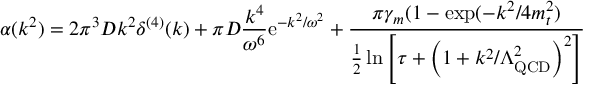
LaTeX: \alpha ( k ^ { 2 } ) = 2 \pi ^ { 3 } D k ^ { 2 } \delta ^ { ( 4 ) } ( k ) + \pi D \frac { k ^ { 4 } } { \omega ^ { 6 } } \mathrm { e } ^ { - k ^ { 2 } / \omega ^ { 2 } } + \frac { \pi \gamma _ { m } ( 1 - \exp ( - k ^ { 2 } / 4 m _ { t } ^ { 2 } ) } { \frac { 1 } { 2 } \ln \left[ \tau + \left( 1 + k ^ { 2 } / \Lambda _ { \mathrm { Q C D } } ^ { 2 } \right) ^ { 2 } \right] }